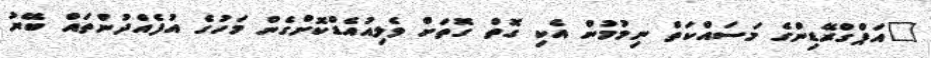
"އަޕްގްރޭޑިންގެ މަސައްކަތް ނިމުމުން އެކި ގޮތް ގޮތަށް ވެލިއުއެޑްކޮށްގެން މަހުގެ އުފެއްދުންތައް ބޭރު